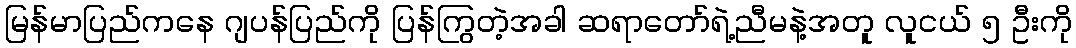
မြန်မာပြည်ကနေ ဂျပန်ပြည်ကို ပြန်ကြွတဲ့အခါ ဆရာတော်ရဲ့ညီမနဲ့အတူ လူငယ် ၅ ဦးကို